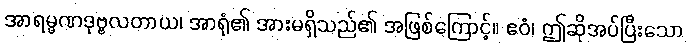
အာရမ္မဏဒုဗ္ဗလတာယ၊ အာရုံ၏ အားမရှိသည်၏ အဖြစ်ကြောင့်။ ဧဝံ၊ ဤဆိုအပ်ပြီးသော